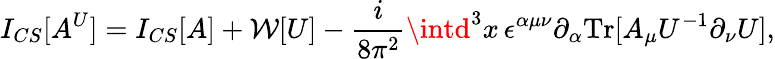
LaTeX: I_{CS}[A^{U}]=I_{CS}[A]+{\cal\mathcal{W}}[U]-\frac{{i}}{{8\pi^{2}}}\intd^{3}x\, \epsilon^{\alpha\mu\nu}\partial_{\alpha}\mathrm{{Tr}}[A_{\mu}U^{-1}\partial_{\nu}U],